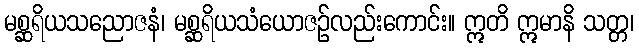
မစ္ဆရိယသညောဇနံ၊ မစ္ဆရိယသံယောဇဉ်လည်းကောင်း။ ဣတိ ဣမာနိ သတ္တ၊